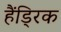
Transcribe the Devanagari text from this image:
हैंड्रिक